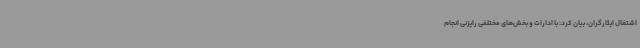
اشتغال ایثارگران، بیان کرد: با ادارات و بخش‌های مختلفی رایزنی انجام